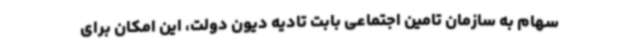
سهام به سازمان تامین اجتماعی بابت تادیه دیون دولت، این امکان برای